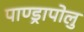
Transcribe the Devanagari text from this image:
पाण्ड्रापोलु